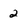
Character: 2